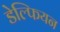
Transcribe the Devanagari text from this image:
डेल्फियन